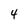
Character: 4